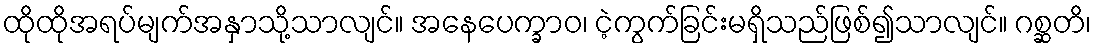
ထိုထိုအရပ်မျက်အနှာသို့သာလျင်။ အနေပေက္ခာဝ၊ ငဲ့ကွက်ခြင်းမရှိသည်ဖြစ်၍သာလျင်။ ဂစ္ဆတိ၊